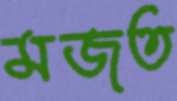
মজত